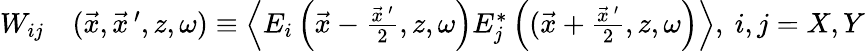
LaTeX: \begin{array}{rl}{W_{ij}}&{(\vec{x},\vec{x}\, ^{\prime},z,\omega)\equiv\left\langle E_{i}\left(\vec{x}-\frac{\vec{x}\, ^{\prime}}{2},z,\omega\right)E_{j}^{*}\left((\vec{x}+\frac{\vec{x}\, ^{\prime}}{2},z,\omega\right)\right\rangle,~i,j=X,Y}\end{array}